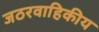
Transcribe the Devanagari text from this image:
जठरवाहिकीय